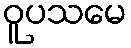
ဝူပသမေ